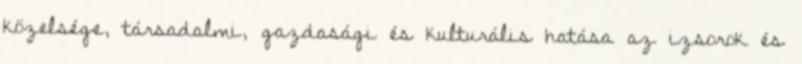
közelsége, társadalmi, gazdasági és kulturális hatása az izsorok és